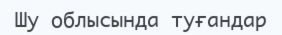
Шу облысында туғандар